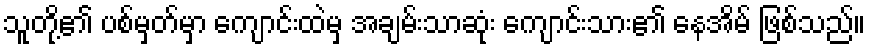
သူတို့၏ ပစ်မှတ်မှာ ကျောင်းထဲမှ အချမ်းသာဆုံး ကျောင်းသား၏ နေအိမ် ဖြစ်သည်။